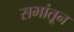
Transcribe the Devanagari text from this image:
सभांतून